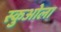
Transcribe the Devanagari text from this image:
स्कुओला